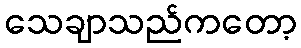
သေချာသည်ကတော့